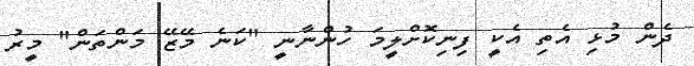
ދެން މުޅި އެތި އެކީ ފިނިކޮށްލީމަ ހުންނާނީ "ކަނެ މޭޒޭ މަންތަން" މީރު